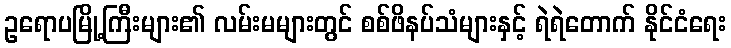
ဥရောပမြို့ကြီးများ၏ လမ်းမများတွင် စစ်ဖိနပ်သံများနှင့် ရဲရဲတောက် နိုင်ငံရေး